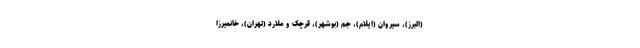
(البرز)، سیروان (ایلام)، جم (بوشهر)، قرچک و ملارد (تهران)، خانمیرزا